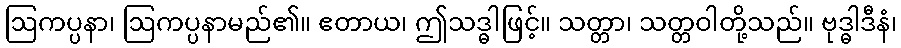
ဩကပ္ပနာ၊ ဩကပ္ပနာမည်၏။ ဧတာယ၊ ဤသဒ္ဓါဖြင့်။ သတ္တာ၊ သတ္တဝါတို့သည်။ ဗုဒ္ဓါဒီနံ၊